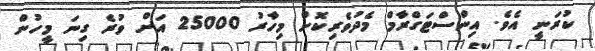
ކުރަނީ އެވެ. އިންސްޓަގްރާމް މެދުވެރިކޮށް މިހާރު 25000 އަށް ވުރެ ގިނަ މީހުން